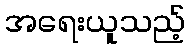
အရေးယူသည့်